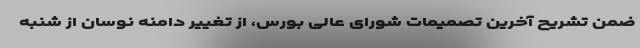
ضمن تشریح آخرین تصمیمات شورای عالی بورس، از تغییر دامنه نوسان از شنبه